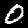
Digit: 0